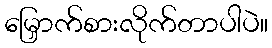
မြှောက်စားလိုက်တာပါပဲ။